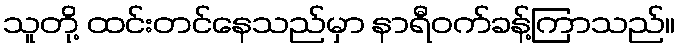
သူတို့ ထင်းတင်နေသည်မှာ နာရီဝက်ခန့်ကြာသည်။